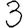
Digit: 3